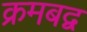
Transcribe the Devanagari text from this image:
क्रमबद्व